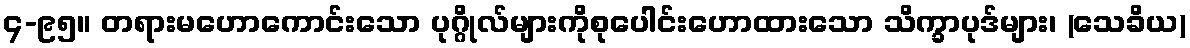
၄-၉၅။ တရားမဟောကောင်းသော ပုဂ္ဂိုလ်များကိုစုပေါင်းဟောထားသော သိက္ခာပုဒ်များ၊ (သေခိယ)